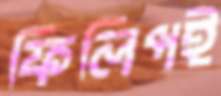
ফিলিপই